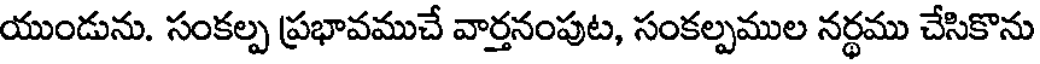
యుండును. సంకల్ప ప్రభావముచే వార్తనంపుట, సంకల్పముల నర్థము చేసికొను